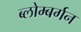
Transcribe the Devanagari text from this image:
ब्लोम्बर्गन